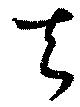
去